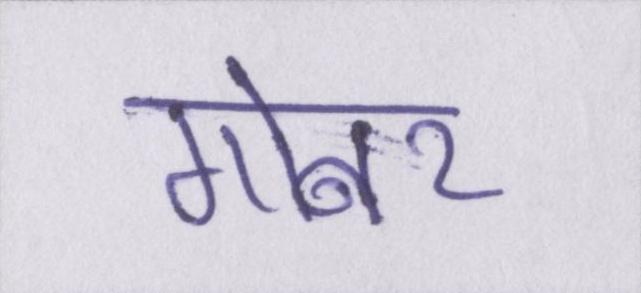
गोबर